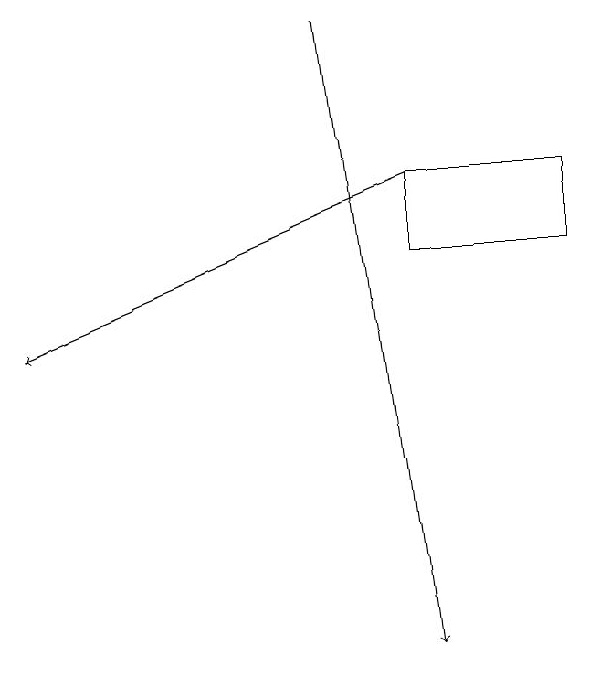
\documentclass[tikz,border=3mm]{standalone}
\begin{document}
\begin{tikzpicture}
\draw[->] (5,18) -- (6,10);
\draw[->] (6,16) -- (1,14);
\draw (6,16) rectangle (8,15);
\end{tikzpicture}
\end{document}